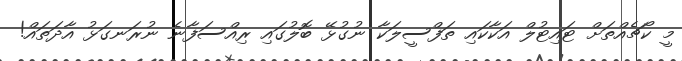
މީ ކޯޗެއްތަށް ޓައިޓުލް އަކާކައި ތަފްސީލަކާ ނުގުޅޭ ބޮލުގައި ރިއްސަފާނެ ނުރަނގަޅު އާދަތައް!